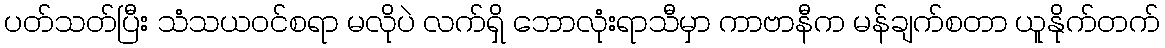
ပတ်သတ်ပြီး သံသယဝင်စရာ မလိုပဲ လက်ရှိ ဘောလုံးရာသီမှာ ကာဗာနီက မန်ချက်စတာ ယူနိုက်တက်